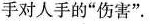
手对人手的”伤害”.